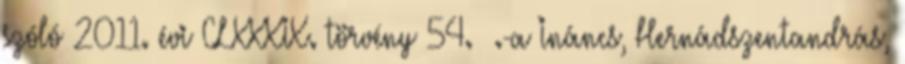
szóló 2011. évi CLXXXIX. törvény 54. §.-a Ináncs, Hernádszentandrás,